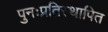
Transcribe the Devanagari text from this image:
पुनःप्रतिस्थापित